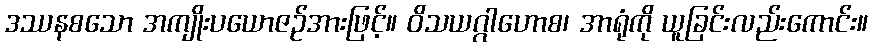
ဒဿနစသော အကျိုးပယောဇဉ်အားဖြင့်။ ဝိသယဂ္ဂါဟောစ၊ အာရုံကို ယူခြင်းလည်းကောင်း။